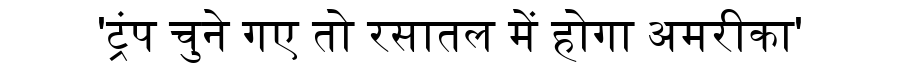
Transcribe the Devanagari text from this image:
'ट्रंप चुने गए तो रसातल में होगा अमरीका'